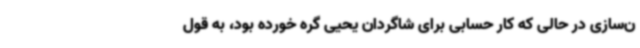
ن‌سازی در حالی که کار حسابی برای شاگردان یحیی گره خورده بود، به قول